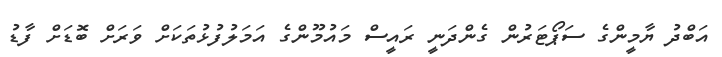
އަބްދު ޔާމީންގެ ސަޕޯޓަރުން ގެންދަނީ ރައީސް މައުމޫންގެ އަމަލުފުޅުތަކަށް ވަރަށް ބޮޑަށް ފާޑު